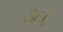
૩૮૯